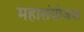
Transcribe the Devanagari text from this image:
महासंयोजक